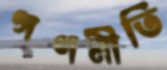
গণনীতি